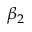
\beta _ { 2 }